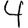
Digit: 4